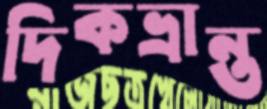
দিকভ্রান্ত